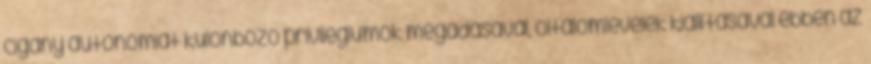
cigány autonómiát különböző privilégiumok megadásával, oltalomlevelek kiállításával ebben az